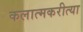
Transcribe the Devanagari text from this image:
कलात्मकरीत्या